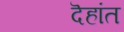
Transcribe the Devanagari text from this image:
दॆहांत